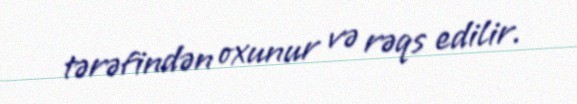
tərəfindən oxunur və rəqs edilir.